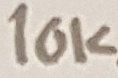
Text: 10KΩ